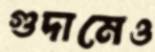
গুদামেও